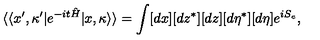
\langle \langle x ^ { \prime } , \kappa ^ { \prime } | e ^ { - i t \hat { H } } | x , \kappa \rangle \rangle = \int [ d x ] [ d z ^ { * } ] [ d z ] [ d \eta ^ { * } ] [ d \eta ] e ^ { i S _ { e } } ,